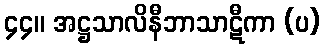
၄၄။ အဋ္ဌသာလိနီဘာသာဋီကာ (ပ)